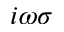
i \omega \sigma